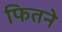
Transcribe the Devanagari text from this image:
फितने